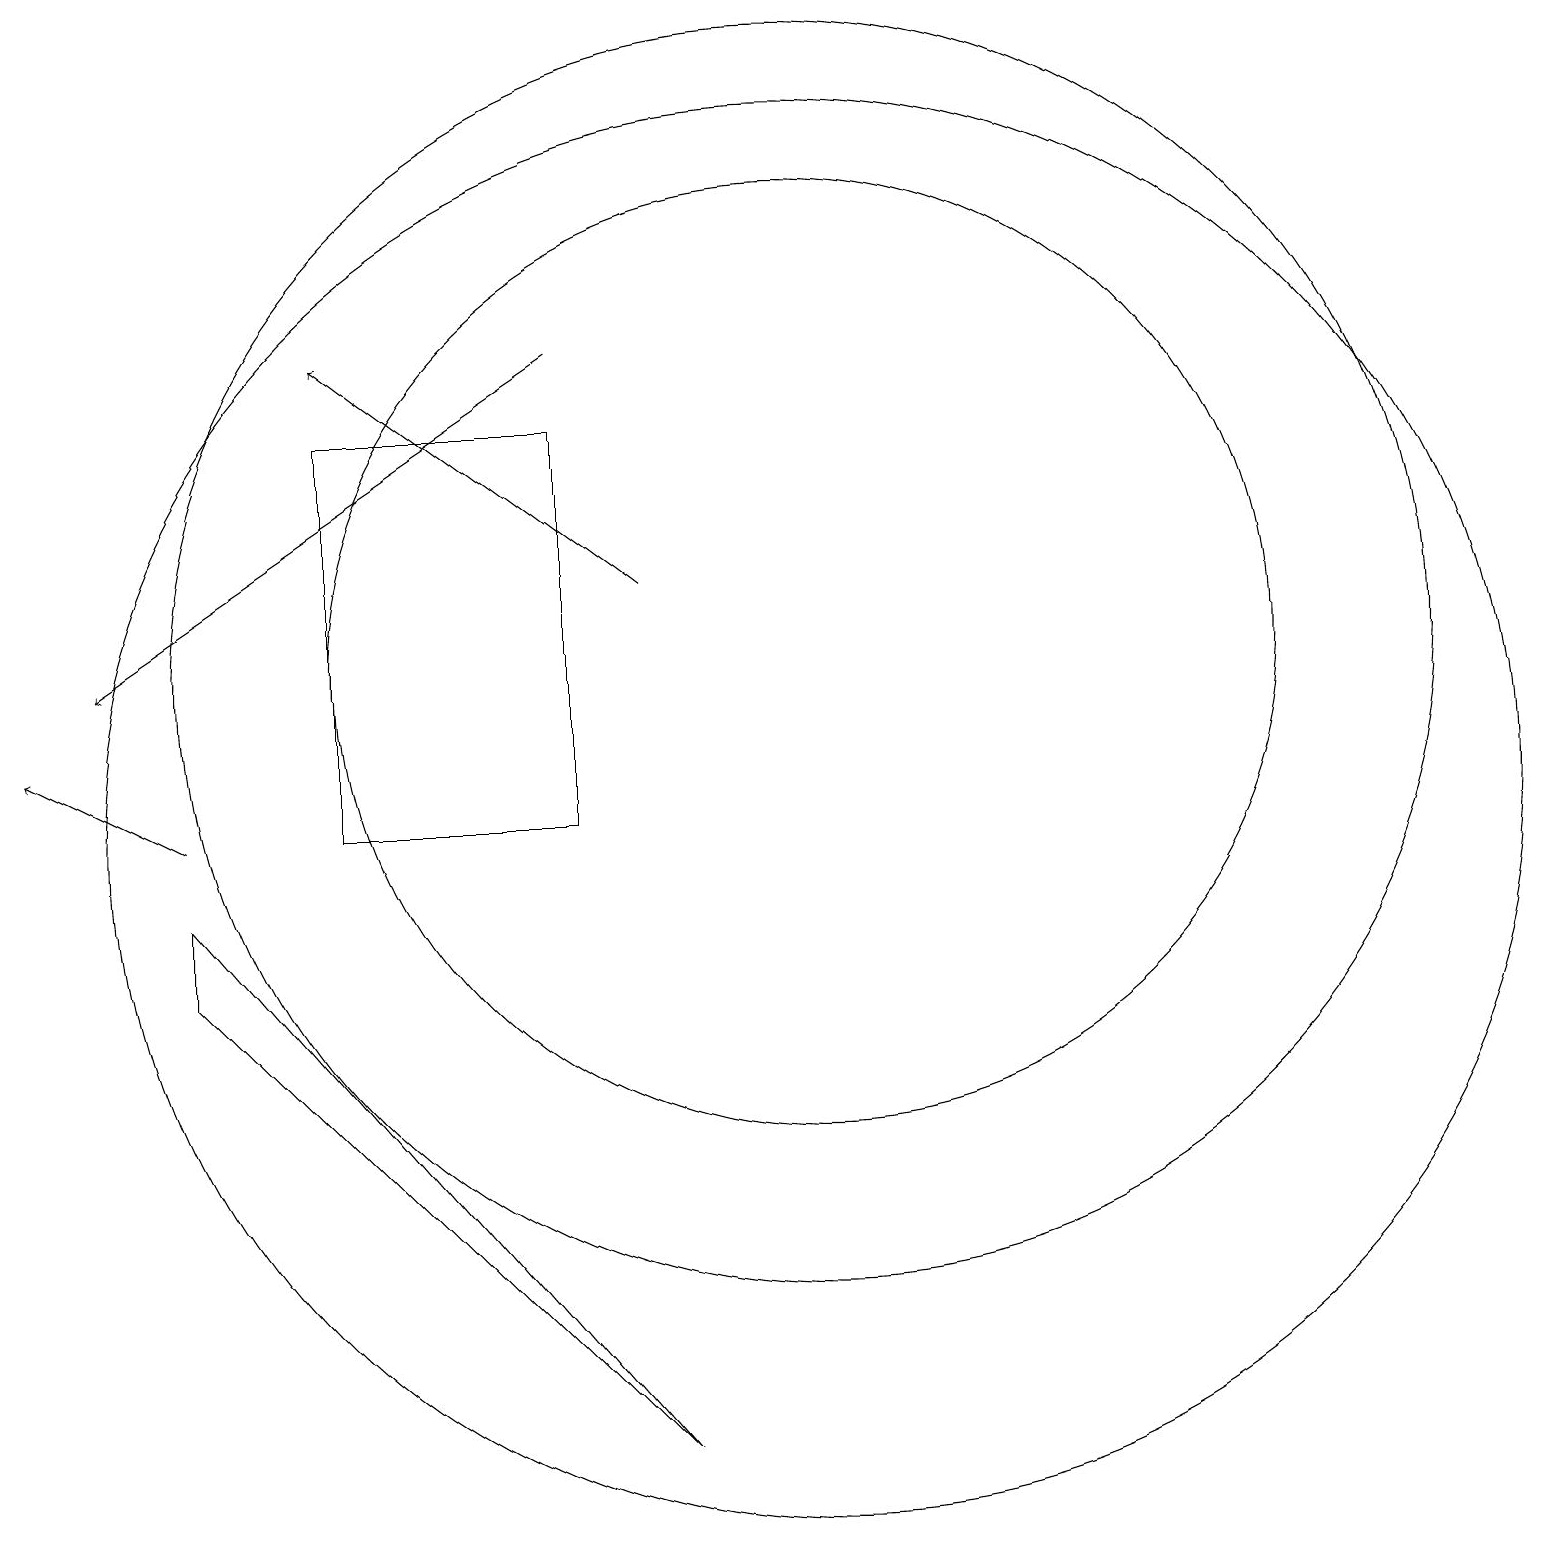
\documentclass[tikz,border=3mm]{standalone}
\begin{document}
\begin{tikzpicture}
\draw (2,9) -- (2,8) -- (8,2) -- cycle;
\draw (10,10) circle (9);
\draw[->] (7,16) -- (1,12);
\draw (10,12) circle (8);
\draw[->] (2,10) -- (0,11);
\draw (7,10) rectangle (4,15);
\draw[->] (8,13) -- (4,16);
\draw (10,12) circle (6);
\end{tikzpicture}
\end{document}